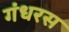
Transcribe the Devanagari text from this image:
गंधरस